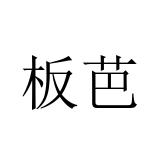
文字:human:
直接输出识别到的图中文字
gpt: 板芭